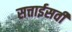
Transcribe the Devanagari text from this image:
सत्ताईसवीं